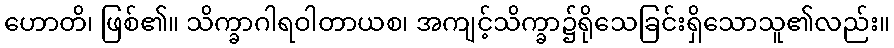
ဟောတိ၊ ဖြစ်၏။ သိက္ခာဂါရဝါတာယစ၊ အကျင့်သိက္ခာ၌ရိုသေခြင်းရှိသောသူ၏လည်း။